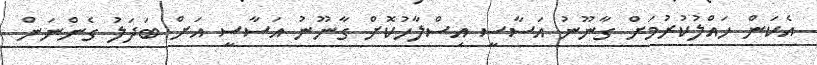
އެކަން ހައްލުކުރުމަށް ގާނޫނު އަސާސީ އިސްލާހުކޮށް ގާނޫނު އަސާސީ އަށް ބަދަލު ގެންނަން